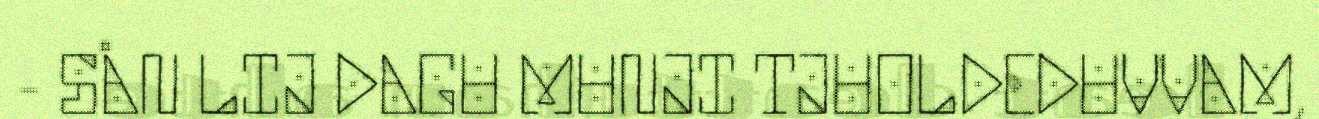
- SÅN LIJ DAGU MUNJI TJUOLDEDUVVAM,